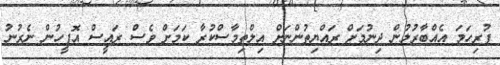
ފުރިހަމަ އެއްބާރުލުން ދިނުމަށް ރައްޔިތުންނަށް އިލްތިމާސްކުރާ ކަމަށް ވެސް ރައީސް އޮފީހުން ނެރުނު